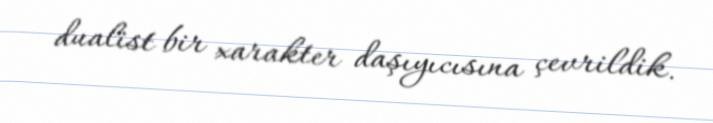
dualist bir xarakter daşıyıcısına çevrildik.